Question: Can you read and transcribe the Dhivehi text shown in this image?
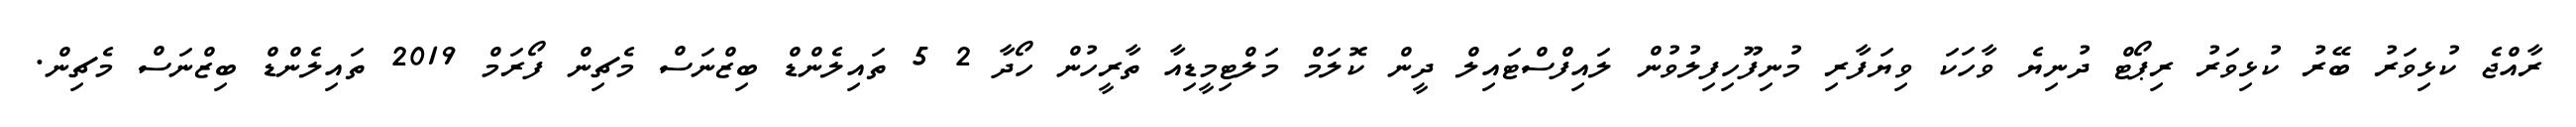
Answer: ރާއްޖެ ކުޅިވަރު ބޭރު ކުޅިވަރު ރިޕޯޓް ދުނިޔެ ވާހަކަ ވިޔަފާރި މުނިފޫހިފިލުވުން ލައިފްސްޓައިލް ދީން ކޮލަމް މަލްޓިމީޑިއާ ތާރީހުން ހޯދާ 2 5 ތައިލެންޑް ބިޒްނަސް މެޗިން ފޯރަމް 2019 ތައިލެންޑް ބިޒްނަސް މެޗިން.